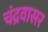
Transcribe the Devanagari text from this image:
चंद्रवासर